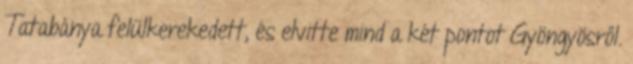
Tatabánya felülkerekedett, és elvitte mind a két pontot Gyöngyösről.